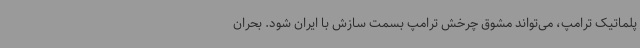
پلماتیک ترامپ، می‌تواند مشوق چرخش ترامپ بسمت سازش با ایران شود. بحران